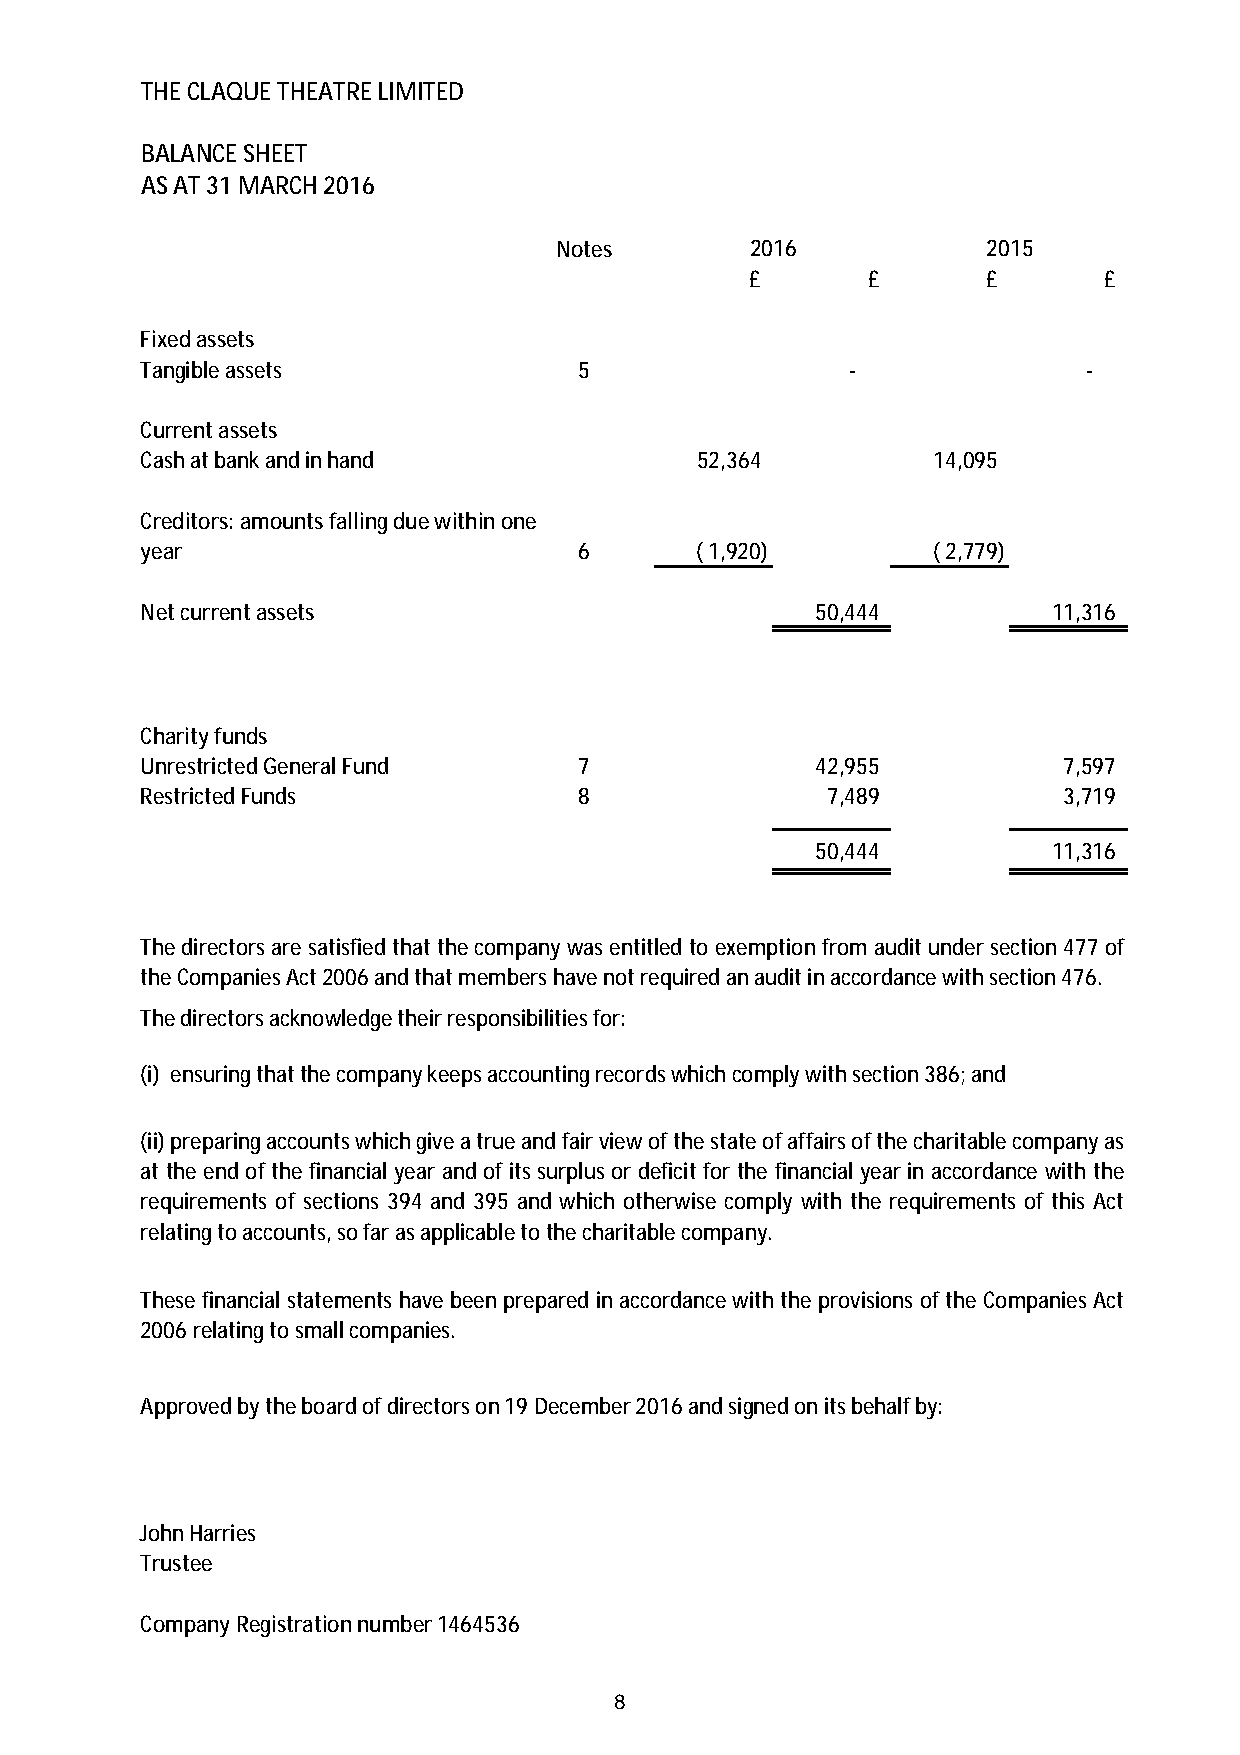
THE CLAQUE THEATRE LIMITED
 BALANCE SHEET
 AS AT 31 MARCH 2016
 Notes        2016           2015
 £      £       £       £
 Fixed assets
 Tangible assets              5                 -               -
 Current assets
 Cash at bank and in hand             52,364          14,095
 Creditors: amounts falling due within one
 year                         6       ( 1,920)        ( 2,779)
 Net current assets                           50,444          11,316
 Charity funds
 Unrestricted General Fund    7               42,955          7,597
 Restricted Funds             8                7,489          3,719
 50,444          11,316
 Thedirectorsaresatisfiedthatthecompanywasentitledtoexemptionfromauditundersection477of
 the Companies Act 2006 and that members have not required an audit in accordance with section 476.
 The directors acknowledge their responsibilities for:
 (i) ensuring that the company keeps accounting records which comply with section 386; and
 (ii)preparingaccountswhichgiveatrueandfairviewofthestateofaffairsofthecharitablecompanyas
 attheendofthefinancialyearandofitssurplusordeficitforthefinancialyearinaccordancewiththe
 requirementsofsections394and395andwhichotherwisecomplywiththerequirementsofthisAct
 relating to accounts, so far as applicable to the charitable company.
 ThesefinancialstatementshavebeenpreparedinaccordancewiththeprovisionsoftheCompaniesAct
 2006 relating to small companies.
 Approved by the board of directors on 19 December 2016 and signed on its behalf by:
 John Harries
 Trustee
 Company Registration number 1464536
 8